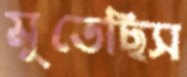
মুতেছিস